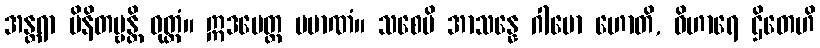
အန္တရာ မိနိတဗ္ဗန္တိ ဝုတ္တံ။ ဣဒမေတ္ထ ပမာဏံ။ သစေပိ အာသန္နေ ဂါမော ဟောတိ, ဝိဟာရေ ဌိတေဟိ